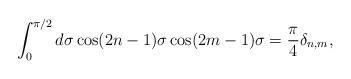
LaTeX: \begin{align*}\int_0^{\pi/ 2} d\sigma \cos(2n-1)\sigma\cos(2m-1)\sigma= \frac{\pi}{4}\delta _{n,m},\end{align*}